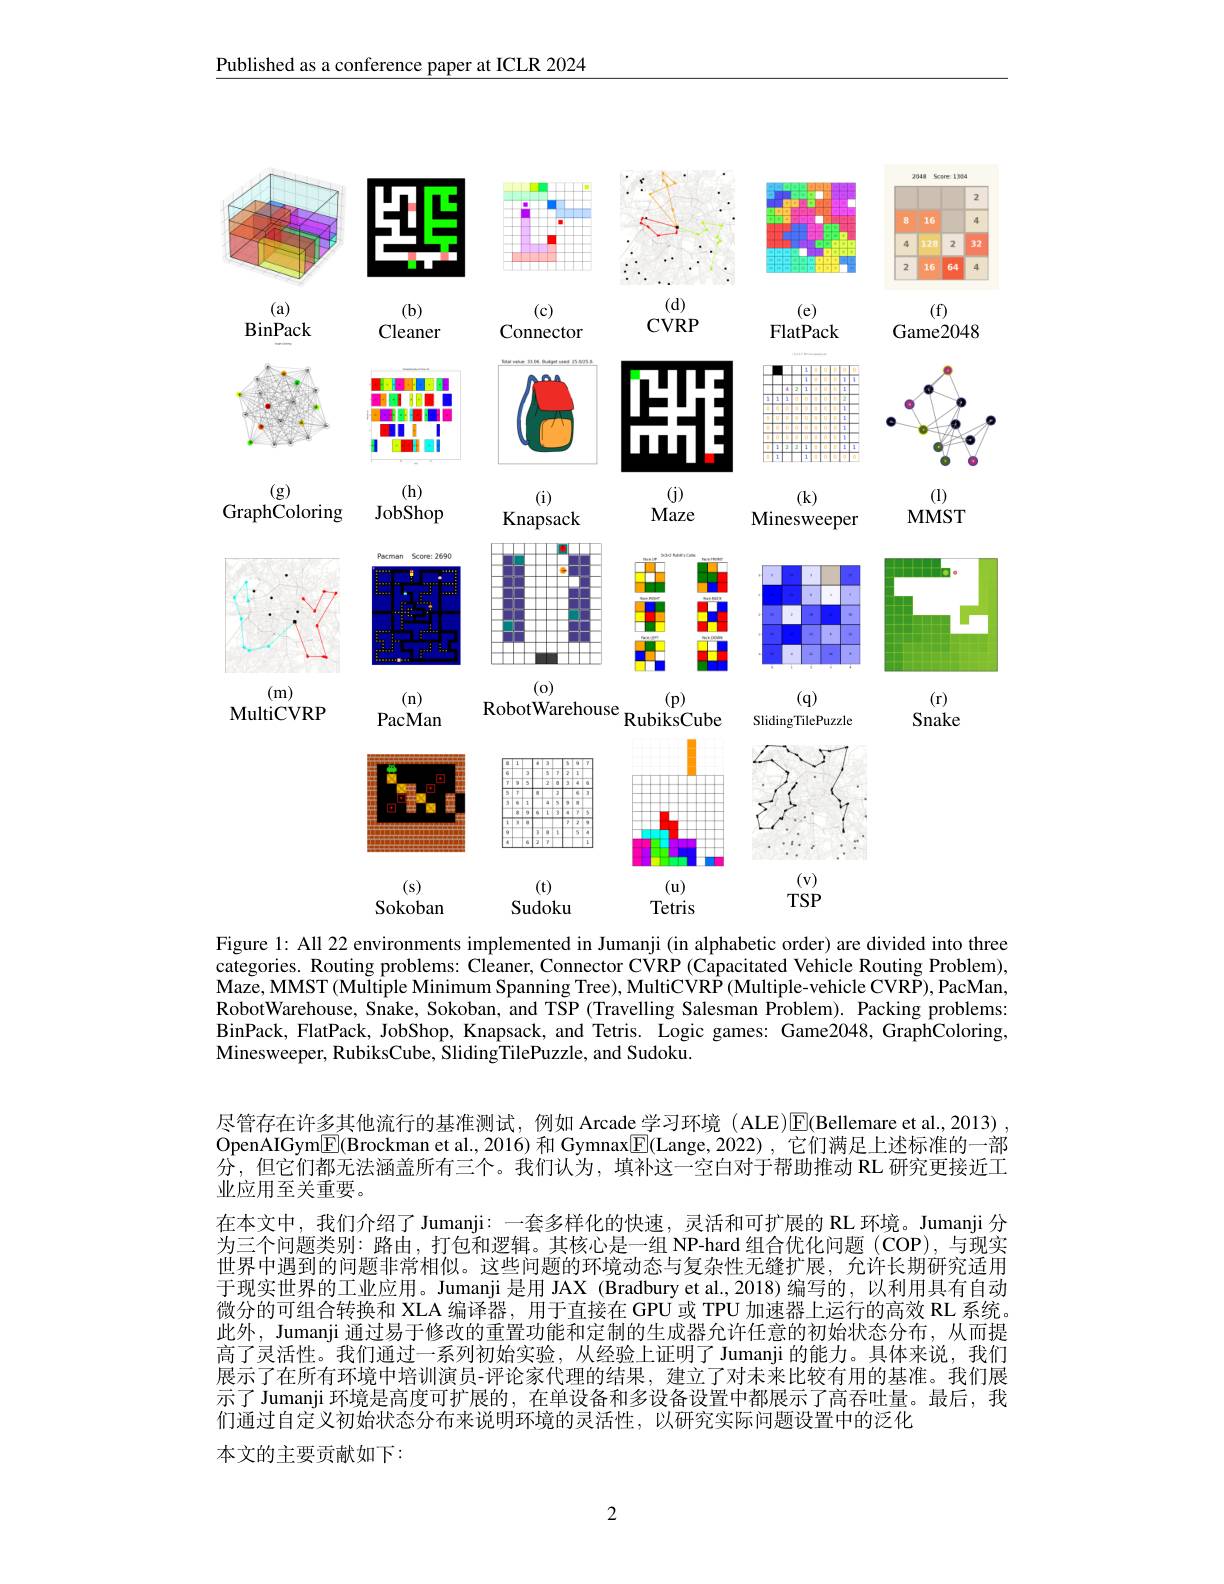
Published as a conference paper at ICLR 2024

<FigureHere>
(f)
$(\mathbf{a})$
(b)
(c)
(e)

Connector

Game2048

$CVRP$

$\operatorname{BinPack}$

FlatPack

Cleaner

<FigureHere>
(k)
(i)

GraphColoring
JobShop

Maze

$MMST$

Knapsack
Minesweeper
<FigureHere>
$(n)$
$(\mathbf{p})$
(q)
$(\mathbf{r})$
RobotWarehouse $\overset{(\mathrm{p})}{\operatorname*{\operatorname*{RubiksCube}}}$

MultiCVRP

Snake

SlidingTilePuzzle

PacMan

<FigureHere>

Figure 1: All 22 environments implemented in Jumanji (in alphabetic order) are divided into three categories. Routing problems: Cleaner, Connector CVRP (Capacitated Vehicle Routing Problem), $\tilde{\text{Maze, MMST(Multiple Minimum Spanning Tree), MultiCVR\hat{P}(Multiple-vehicle CVR\tilde{P}),PacMan,}}$ RobotWarehouse, Snake, Sokoban, and TSP (Travelling Salesman Problem). Packing problems: BinPack, FlatPack, JobShop, Knapsack, and Tetris. Logic games: Game2048, GraphColoring, Minesweeper, RubiksCube, SlidingTilePuzzle, and Sudoku.

尽管存在许多其他流行的基准测试，例如 Arcade 学习环境 ( ALE)$\overline{\mathrm{E}}($Bellemare et al., 2013) OpenAIGym$\underline{\mathrm{E}}($Brockman et al., 2016) 和 Gymnax[$\underline{\mathrm{E}}($Lange, 2022) , 它们满足上述标准的一部$\hat{\text{分，但它们都无法涵盖所有三个。我们认为，填补这一空白对于帮助推动 RL 研究更接近工}}$ 业应用至关重要。
在本文中，我们介绍了Jumanji：一套多样化的快速，灵活和可扩展的 RL 环境。Jumanji 分为三个问题类别：路由，打包和逻辑。其核心是一组 NP-hard 组合优化问题 (COP),与现实世界中遇到的问题非常相似。这些问题的环境动态与复杂性无缝扩展，允许长期研究适用于现实世界的工业应用。Jumanji 是用 JAX (Bradbury et al.,2018)编写的，以利用具有自动微分的可组合转换和 XLA 编译器，用于直接在 GPU 或 TPU 加速器上运行的高效 RL 系统。此外，Jumanji 通过易于修改的重置功能和定制的生成器允许任意的初始状态分布，从而提高了灵活性。我们通过一系列初始实验，从经验上证明了Jumanji 的能力。具体来说，我们展示了在所有环境中培训演员-评论家代理的结果，建立了对未来比较有用的基准。我们展示了Jumanji 环境是高度可扩展的，在单设备和多设备设置中都展示了高吞吐量。最后，我们通过自定义初始状态分布来说明环境的灵活性，以研究实际问题设置中的泛化
本文的主要贡献如下：

2